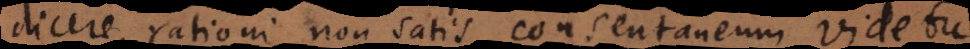
dicere, rationi non satis consentaneum videtur.